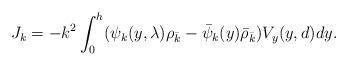
LaTeX: \begin{align*}J_k=-k^2 \int_0^{h} ( \psi_k(y,\lambda) \rho_{\bar k} - \bar \psi_k(y) \bar \rho_{\bar k}) V_y(y, d) dy.\end{align*}